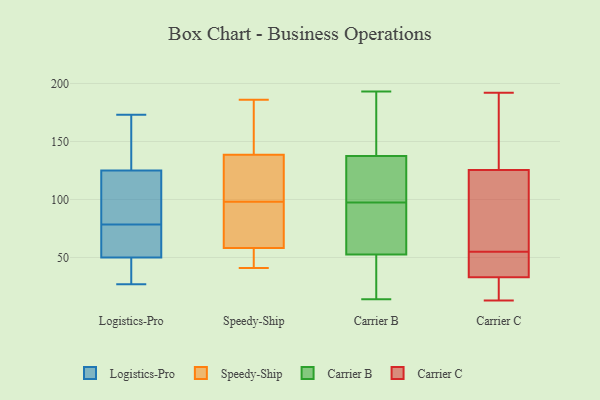
{"axis": {"x": "LTV (USD)", "y": "Value"}, "legend": ["Carrier B", "Carrier C", "Logistics-Pro", "Speedy-Ship"], "data": [{"x": "", "y": 50, "type": "Logistics-Pro"}, {"x": "", "y": 41, "type": "Logistics-Pro"}, {"x": "", "y": 40, "type": "Logistics-Pro"}, {"x": "", "y": 157, "type": "Logistics-Pro"}, {"x": "", "y": 54, "type": "Logistics-Pro"}, {"x": "", "y": 98, "type": "Logistics-Pro"}, {"x": "", "y": 109, "type": "Logistics-Pro"}, {"x": "", "y": 127, "type": "Logistics-Pro"}, {"x": "", "y": 27, "type": "Logistics-Pro"}, {"x": "", "y": 87, "type": "Logistics-Pro"}, {"x": "", "y": 70, "type": "Logistics-Pro"}, {"x": "", "y": 125, "type": "Logistics-Pro"}, {"x": "", "y": 53, "type": "Logistics-Pro"}, {"x": "", "y": 173, "type": "Logistics-Pro"}, {"x": "", "y": 98, "type": "Speedy-Ship"}, {"x": "", "y": 59, "type": "Speedy-Ship"}, {"x": "", "y": 66, "type": "Speedy-Ship"}, {"x": "", "y": 182, "type": "Speedy-Ship"}, {"x": "", "y": 65, "type": "Speedy-Ship"}, {"x": "", "y": 186, "type": "Speedy-Ship"}, {"x": "", "y": 140, "type": "Speedy-Ship"}, {"x": "", "y": 52, "type": "Speedy-Ship"}, {"x": "", "y": 41, "type": "Speedy-Ship"}, {"x": "", "y": 56, "type": "Speedy-Ship"}, {"x": "", "y": 115, "type": "Speedy-Ship"}, {"x": "", "y": 115, "type": "Speedy-Ship"}, {"x": "", "y": 138, "type": "Speedy-Ship"}, {"x": "", "y": 34, "type": "Carrier B"}, {"x": "", "y": 135, "type": "Carrier B"}, {"x": "", "y": 115, "type": "Carrier B"}, {"x": "", "y": 90, "type": "Carrier B"}, {"x": "", "y": 68, "type": "Carrier B"}, {"x": "", "y": 44, "type": "Carrier B"}, {"x": "", "y": 14, "type": "Carrier B"}, {"x": "", "y": 48, "type": "Carrier B"}, {"x": "", "y": 53, "type": "Carrier B"}, {"x": "", "y": 163, "type": "Carrier B"}, {"x": "", "y": 171, "type": "Carrier B"}, {"x": "", "y": 106, "type": "Carrier B"}, {"x": "", "y": 180, "type": "Carrier B"}, {"x": "", "y": 52, "type": "Carrier B"}, {"x": "", "y": 112, "type": "Carrier B"}, {"x": "", "y": 105, "type": "Carrier B"}, {"x": "", "y": 193, "type": "Carrier B"}, {"x": "", "y": 140, "type": "Carrier B"}, {"x": "", "y": 57, "type": "Carrier B"}, {"x": "", "y": 69, "type": "Carrier B"}, {"x": "", "y": 58, "type": "Carrier C"}, {"x": "", "y": 184, "type": "Carrier C"}, {"x": "", "y": 13, "type": "Carrier C"}, {"x": "", "y": 134, "type": "Carrier C"}, {"x": "", "y": 111, "type": "Carrier C"}, {"x": "", "y": 26, "type": "Carrier C"}, {"x": "", "y": 29, "type": "Carrier C"}, {"x": "", "y": 52, "type": "Carrier C"}, {"x": "", "y": 117, "type": "Carrier C"}, {"x": "", "y": 192, "type": "Carrier C"}, {"x": "", "y": 37, "type": "Carrier C"}, {"x": "", "y": 41, "type": "Carrier C"}]}